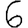
Digit: 6